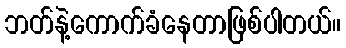
ဘတ်နဲ့ကောက်ခံနေတာဖြစ်ပါတယ်။